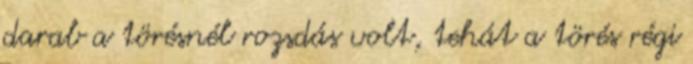
darab a törésnél rozsdás volt, tehát a törés régi